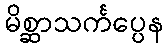
မိစ္ဆာသင်္ကပ္ပေန